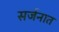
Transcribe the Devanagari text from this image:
सर्जनात